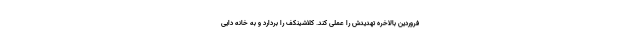
فروردین بالاخره تهدیدش را عملی کند. کلاشینکف را بردارد و به خانه دایی